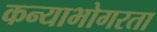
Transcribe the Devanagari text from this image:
कन्याभोगरता